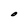
Character: O